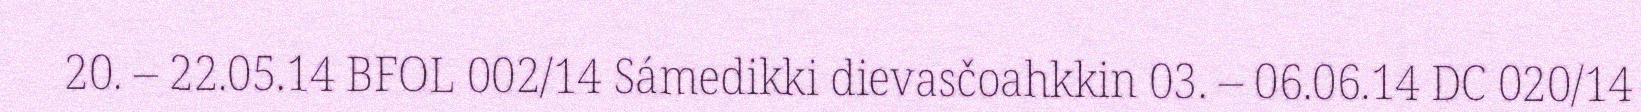
20. – 22.05.14 BFOL 002/14 Sámedikki dievasčoahkkin 03. – 06.06.14 DC 020/14